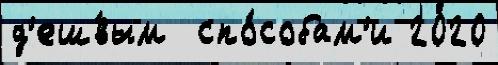
д'еш́вым  спо́собам'и 2020